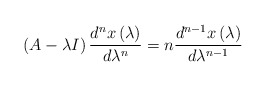
\begin{align*}\left( A-\lambda I\right) \frac{d^{n}x\left( \lambda\right) }{d\lambda^{n}}=n\frac{d^{n-1}x\left( \lambda\right) }{d\lambda^{n-1}}\end{align*}